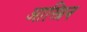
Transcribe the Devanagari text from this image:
आस्प्रिन